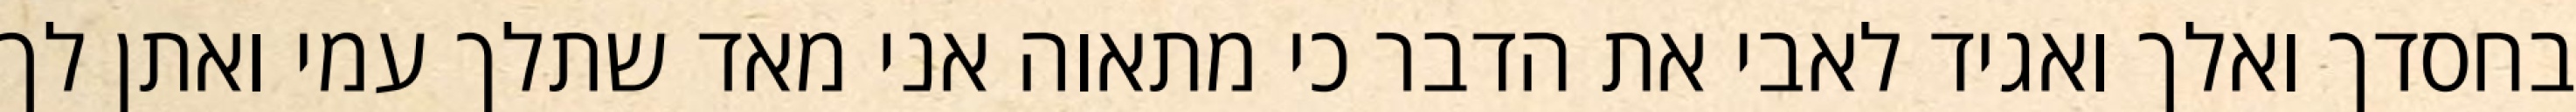
בחסדך ואלך ואגיד לאבי את הדבר כי מתאוה אני מאד שתלך עמי ואתן לך